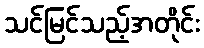
သင်မြင်သည့်အတိုင်း